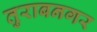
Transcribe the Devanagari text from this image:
तुराबनगर